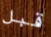
قبل